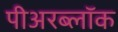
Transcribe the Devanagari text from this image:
पीअरब्लॉक